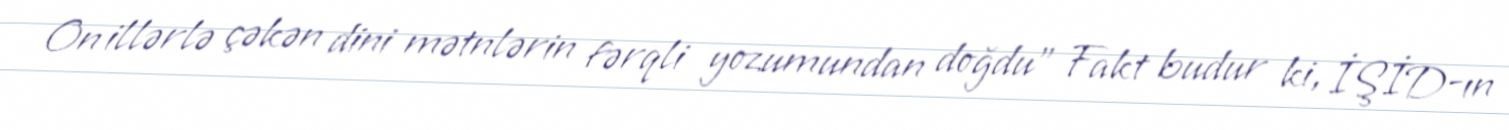
On illərlə çəkən dini mətnlərin fərqli yozumundan doğdu" Fakt budur ki, İŞİD-ın